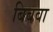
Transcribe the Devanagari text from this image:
बिबवा